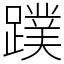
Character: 蹼